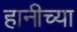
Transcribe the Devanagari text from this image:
हानीच्या